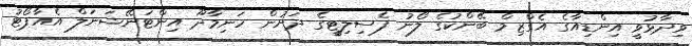
ވިދާޅުވީ އިންޑިއާގެ އެގްޒިމް ބޭންކުގެ ލޯނު ފެސިލިޓީގެ ދަށުން ހަނިމާދޫ އިންޓަނޭޝަނަލް އެއާޕޯޓު